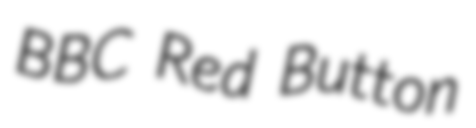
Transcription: BBC Red Button